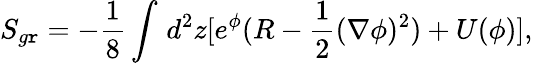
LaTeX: S_{g\mathtt{r}}=-{\frac{{1}}{{8}}}\int_{}^{}d^{2}z[e^{\phi}(R-{\frac{{1}}{{2}}}(\nabla\phi)^{2})+U(\phi)],